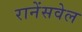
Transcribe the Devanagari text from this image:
रानेंसवेल